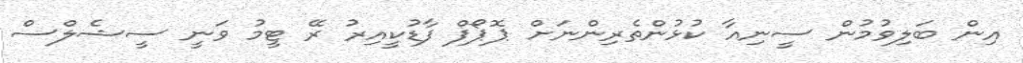
އިން ބަލިވުމުން ސީނިއާ ކުޅުންތެރިންނަށް ޕޮޕޯފް ފާޑުކީއިރު ރޭ ޓީމު ވަނީ ސީޝެލްސް